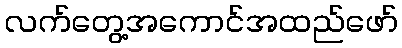
လက်တွေ့အကောင်အထည်ဖော်